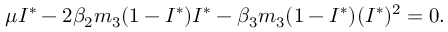
\mu I ^ { * } - 2 \beta _ { 2 } m _ { 3 } ( 1 - I ^ { * } ) I ^ { * } - \beta _ { 3 } m _ { 3 } ( 1 - I ^ { * } ) ( I ^ { * } ) ^ { 2 } = 0 .